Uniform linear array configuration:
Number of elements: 12
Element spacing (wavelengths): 0.75
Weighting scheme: blackman
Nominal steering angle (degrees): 0
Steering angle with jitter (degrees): -1.457
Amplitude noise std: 0.05
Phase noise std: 0.05

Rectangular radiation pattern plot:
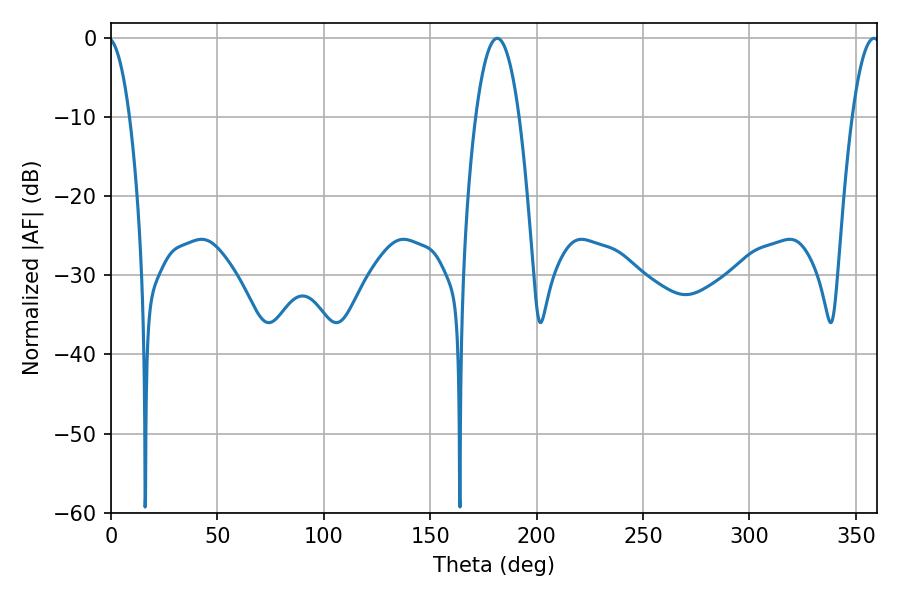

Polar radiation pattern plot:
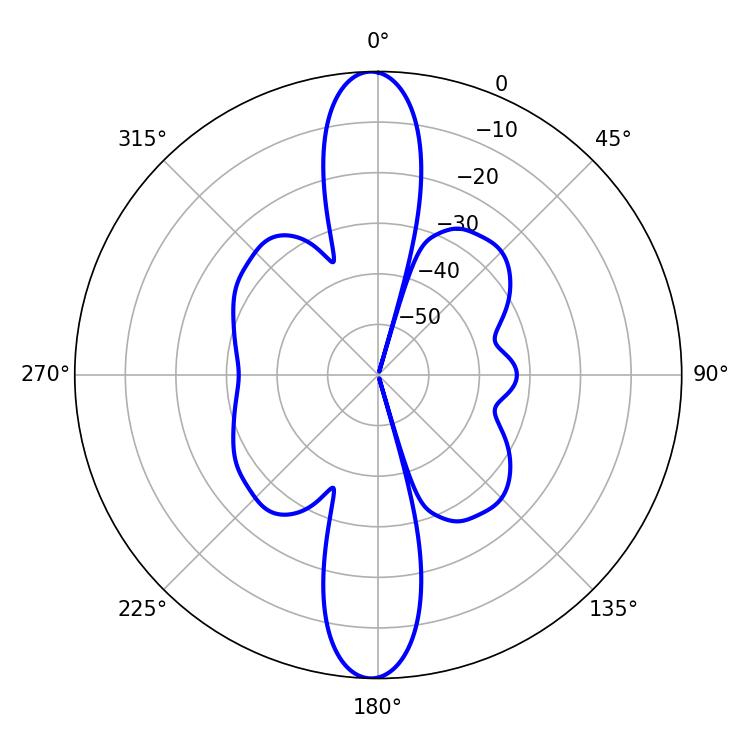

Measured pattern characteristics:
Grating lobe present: TRUE
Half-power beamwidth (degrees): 11.34
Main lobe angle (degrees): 181.44